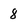
Character: 8